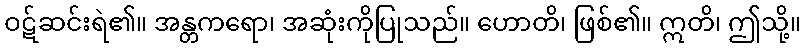
ဝဋ်ဆင်းရဲ၏။ အန္တကရော၊ အဆုံးကိုပြုသည်။ ဟောတိ၊ ဖြစ်၏။ ဣတိ၊ ဤသို့။